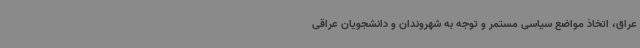
عراق، اتخاذ مواضع سیاسی مستمر و توجه به شهروندان و دانشجویان عراقی